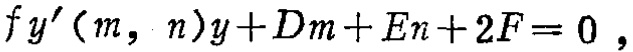
\(f y^{\prime}(m, n)y + Dm + En + 2F = 0\)